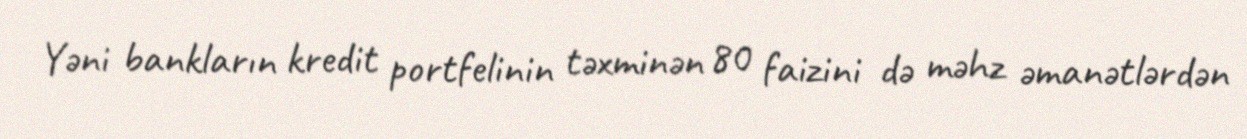
Yəni bankların kredit portfelinin təxminən 80 faizini də məhz əmanətlərdən